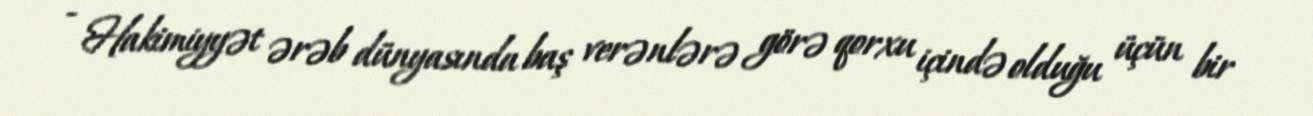
- Hakimiyyət ərəb dünyasında baş verənlərə görə qorxu içində olduğu üçün bir